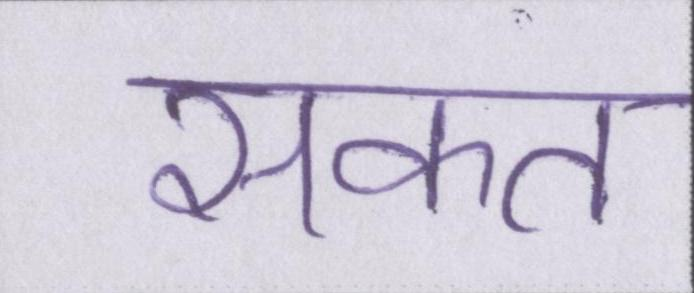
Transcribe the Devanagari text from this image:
सकत